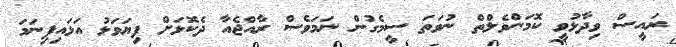
ރައީސް ވިދާޅުވީ ކޮމަންވެލްތް ނުވަތަ ސީމެގުން ނަމަވެސް ރާއްޖެއާ ދެކޮޅަށް ފިޔަވަޅު އަޅައިފިނަމަ